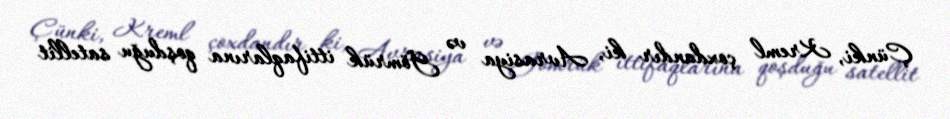
Çünki, Kreml çoxdandır ki, Avrasiya və Gömrük ittifaqlarına qoşduğu satellit